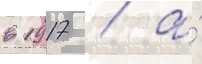
в 1917 / а́